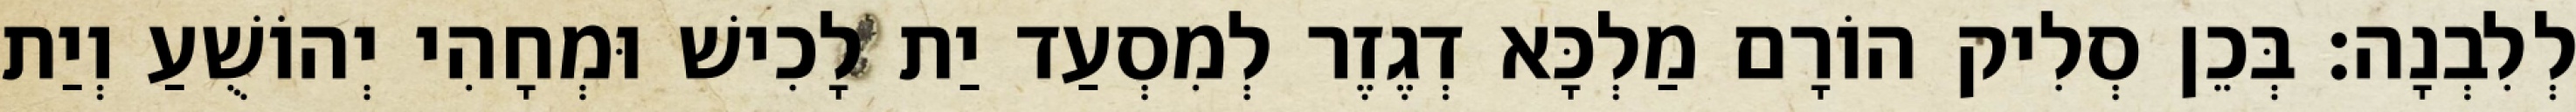
לְלִבְנָה׃ בְּכֵן סְלִיק הוֹרָם מַלְכָּא דְגֶזֶר לְמִסְעַד יַת לָכִישׁ וּמְחָהִי יְהוֹשֻׁעַ וְיַת